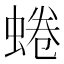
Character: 蜷